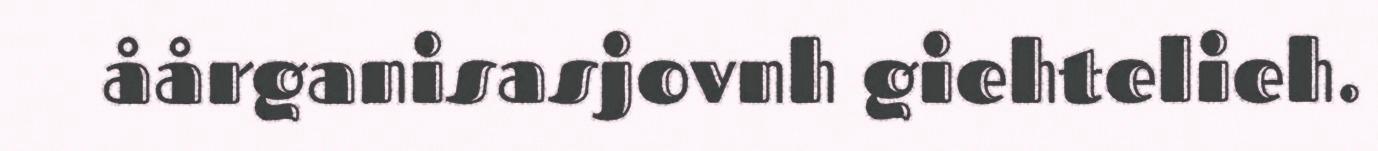
åårganisasjovnh giehtelieh.